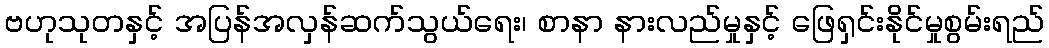
ဗဟုသုတနှင့် အပြန်အလှန်ဆက်သွယ်ရေး၊ စာနာ နားလည်မှုနှင့် ဖြေရှင်းနိုင်မှုစွမ်းရည်